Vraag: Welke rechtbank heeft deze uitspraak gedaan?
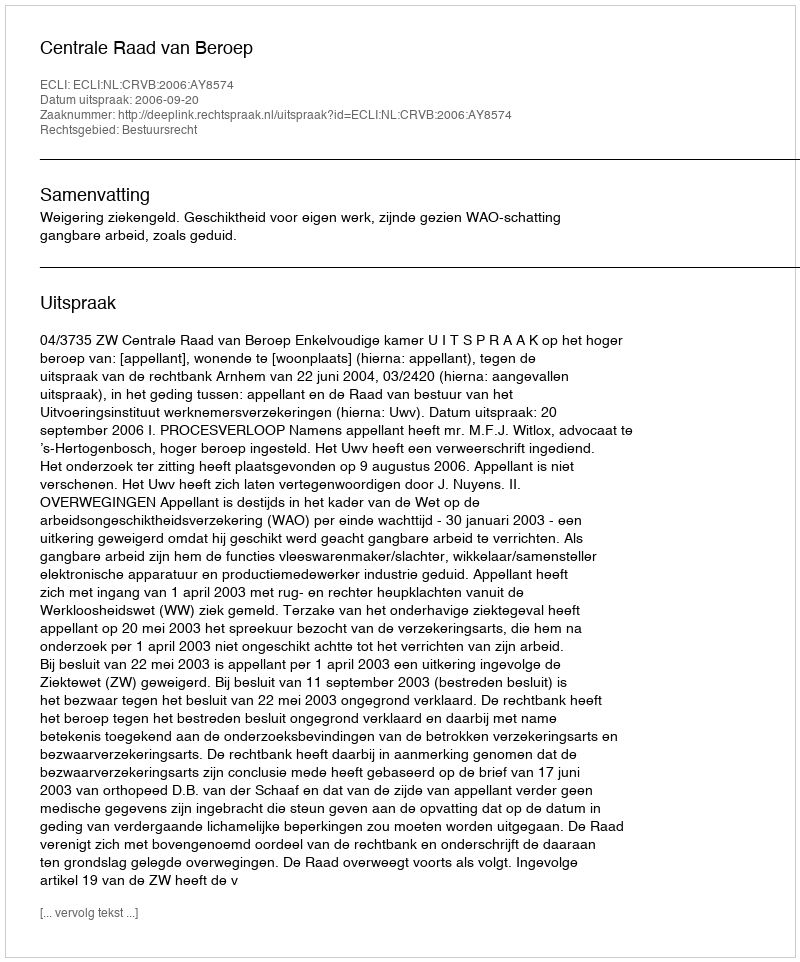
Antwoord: Centrale Raad van Beroep